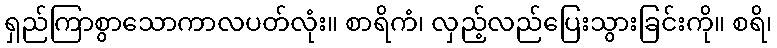
ရှည်ကြာစွာသောကာလပတ်လုံး။ စာရိကံ၊ လှည့်လည်ပြေးသွားခြင်းကို။ စရိ၊